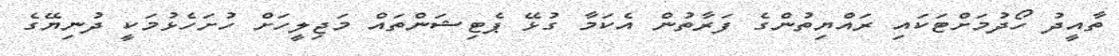
ތާއީދު ހޯދުމަށްޓަކައި ރައްޔިތުންގެ ފަރާތުން އެކަމާ ގުޅޭ ޕެޓިޝަންތައް މަޖިލީހަށް ހުށަހެޅުމަކީ ދުނިޔޭގެ